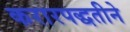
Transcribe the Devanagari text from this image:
करारपद्धतीने